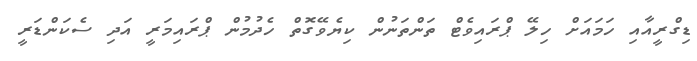
ޑިގްރީއާއި ހަމައަށް ހިލޭ ޕްރައިވެޓް ތަންތަނުން ކިޔެވޭގޮތް ހެދުމުން ޕްރައިމަރީ އަދި ސެކަންޑަރީ